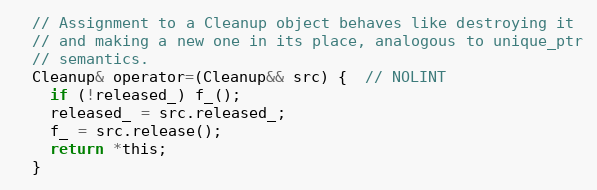
Language: C
  // Assignment to a Cleanup object behaves like destroying it
  // and making a new one in its place, analogous to unique_ptr
  // semantics.
  Cleanup& operator=(Cleanup&& src) {  // NOLINT
    if (!released_) f_();
    released_ = src.released_;
    f_ = src.release();
    return *this;
  }